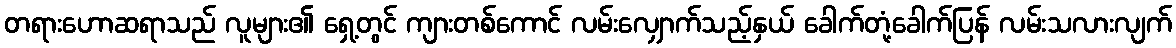
တရားဟောဆရာသည် လူများ၏ ရှေ့တွင် ကျားတစ်ကောင် လမ်းလျှောက်သည့်နှယ် ခေါက်တုံ့ခေါက်ပြန် လမ်းသလားလျက်